Civil Veterinary Dept. Bombay admin report 1932-41 - 1932-1941
Year: 1932
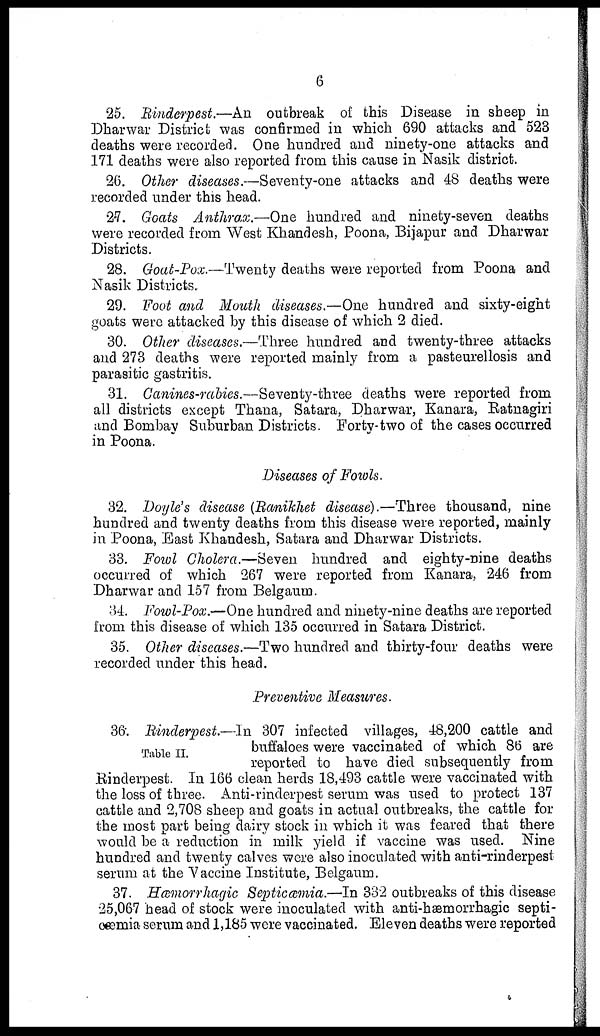
6
25. Rinderpest.—An outbreak of this Disease in sheep in
Dharwar District was confirmed in which 690 attacks and 523
deaths were recorded. One hundred and ninety-one attacks and
171 deaths were also reported from this cause in Nasik district.
26. Other diseases.—Seventy-one attacks and 48 deaths were
recorded under this head.
27. Goats Anthrax.—One hundred and ninety-seven deaths
were recorded from West Khandesh, Poona, Bijapur and Dharwar
Districts.
28. Goat-Pox.—Twenty deaths were reported from Poona and
Nasik Districts.
29. Foot and Mouth diseases.—One hundred and sixty-eight
goats were attacked by this disease of which 2 died.
30. Other diseases.—Three hundred and twenty-three attacks
and 273 deaths were reported mainly from a pasteurellosis and
parasitic gastritis.
31. Canines-rabies.—Seventy-three deaths were reported from
all districts except Thana, Satara, Dharwar, Kanara, Ratnagiri
and Bombay Suburban Districts. Forty-two of the cases occurred
in Poona.
Diseases of Fowls.
32. Doyle's disease (Ranikhet disease).—Three thousand, nine
hundred and twenty deaths from this disease were reported, mainly
in Poona, East Khandesh, Satara and Dharwar Districts.
33. Fowl Cholera.—Seven hundred and eighty-nine deaths
occurred of which 267 were reported from Kanara, 246 from
Dharwar and 157 from Belgaum.
34. Fowl-Pox.—One hundred and ninety-nine deaths are reported
from this disease of which 135 occurred in Satara District.
35. Other diseases.—Two hundred and thirty-four deaths were
recorded under this head.
Preventive Measures.
Table II.
36. Rinderpest.—In 307 infected villages, 48,200 cattle and
buffaloes were vaccinated of which 86 are
reported to have died subsequently from
Rinderpest. In 166 clean herds 18,493 cattle were vaccinated with
the loss of three. Anti-rinderpest serum was used to protect 137
cattle and 2,708 sheep and goats in actual outbreaks, the cattle for
the most part being dairy stock in which it was feared that there
would be a reduction in milk yield if vaccine was used. Nine
hundred and twenty calves were also inoculated with anti-rinderpest
serum at the Vaccine Institute, Belgaum.
37. Hæmorrhagic Septicæmia.—In 332 outbreaks of this disease
25,067 head of stock were inoculated with anti-hæmorrhagic septi-
cæmia serum and 1,185 were vaccinated. Eleven deaths were reported